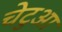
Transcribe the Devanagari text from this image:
चेटुआ